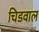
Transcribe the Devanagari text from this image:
चिडवाल